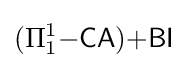
(\Pi _{1}^{1}{\mathsf {-CA}}){\mathsf {+BI}}